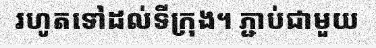
រហូតទៅដល់ទីក្រុង។ ភ្ជាប់ជាមួយ